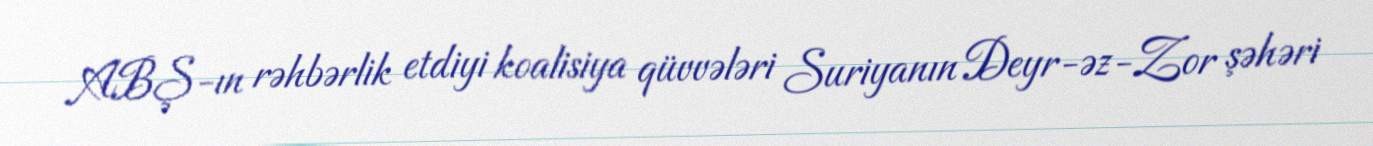
ABŞ-ın rəhbərlik etdiyi koalisiya qüvvələri Suriyanın Deyr-əz-Zor şəhəri